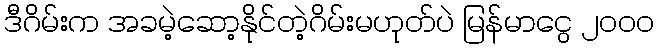
ဒီဂိမ်းက အခမဲ့ဆော့နိုင်တဲ့ဂိမ်းမဟုတ်ပဲ မြန်မာငွေ ၂၀၀၀